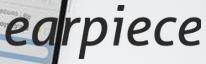
earpiece